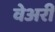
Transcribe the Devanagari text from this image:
वेअरी